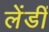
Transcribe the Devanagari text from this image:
लेंडीं